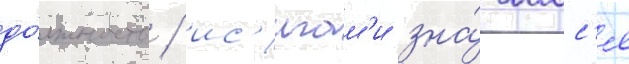
до́лжность / ис'игам'и зна́чилс'я